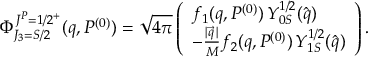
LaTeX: \Phi _ { J _ { 3 } = S / 2 } ^ { J ^ { P } = 1 / 2 ^ { + } } ( q , P ^ { ( 0 ) } ) = \sqrt { 4 \pi } \left( \begin{array} { l } { { f _ { 1 } ( q , P ^ { ( 0 ) } ) \, { \cal Y } _ { 0 S } ^ { 1 / 2 } ( \hat { q } ) } } \\ { { - \frac { | \vec { q } \, | } { M } f _ { 2 } ( q , P ^ { ( 0 ) } ) \, { \cal Y } _ { 1 S } ^ { 1 / 2 } ( \hat { q } ) } } \end{array} \right) .